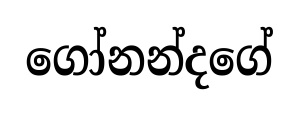
ගෝනන්දගේ